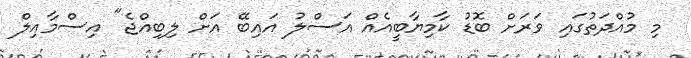
މި މުއްދަތުގައި ވަރަށް ބޮޑު ކާމިޔާބީއެއް އަސްލު އައިބޭ އަށް ލިބިއްޖެ" އިސްމާއިލް